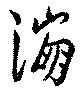
漰